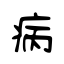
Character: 病